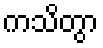
ကသိတွာ